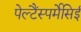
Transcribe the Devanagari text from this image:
पेल्टैंस्पर्मेसिई